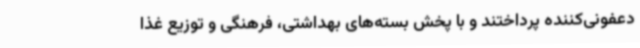
دعفونی‌کننده پرداختند و با پخش بسته‌های بهداشتی، فرهنگی و توزیع غذا